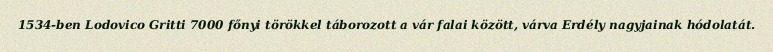
1534-ben Lodovico Gritti 7000 főnyi törökkel táborozott a vár falai között, várva Erdély nagyjainak hódolatát.